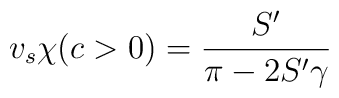
v_s \chi (c>0) = \frac{S'}{\pi-2S'\gamma}